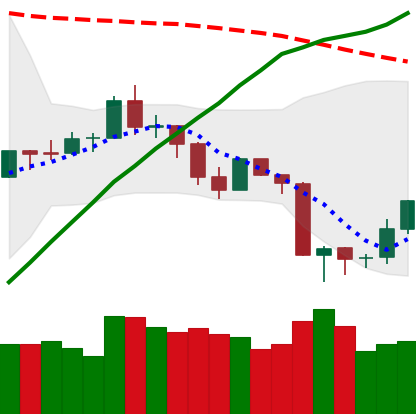
Ticker: ETH-USD
Chart end date: 2019-08-19
Forward return: -5.811%
Label: down_5_7